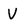
Character: V